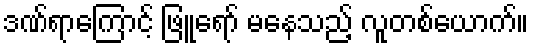
ဒဏ်ရာကြောင့် ဖြူရော် မနေသည့် လူတစ်ယောက်။